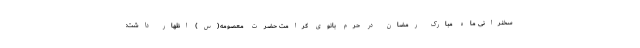
سخنرانی ماه مبارک رمضان در حرم بانوی کرامت حضرت معصومه(س) اظهار داشت: